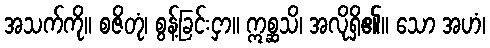
အသက်ကို။ စဇိတုံ၊ စွန့်ခြင်းငှာ။ ဣစ္ဆသိ၊ အလိုရှိ၏။ သော အဟံ၊